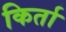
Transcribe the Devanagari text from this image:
किर्ता